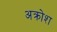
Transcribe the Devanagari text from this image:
अक्रोश